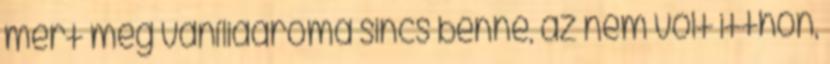
mert még vaníliaaroma sincs benne, az nem volt itthon,